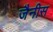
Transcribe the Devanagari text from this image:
जैनीस